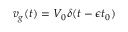
v _ { g } ( t ) = V _ { 0 } \delta ( t - \epsilon t _ { 0 } )